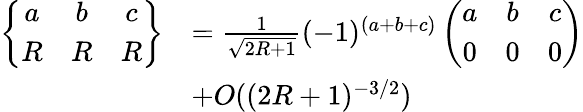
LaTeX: \begin{array}{rl}{\left\{ \begin{array}{ccc}{a}&{b}&{c}\\ {R}&{R}&{R}\end{array}\right\} }&{=\frac{1}{\sqrt{2R+1}}(-1)^{(a+b+c)}\left(\begin{array}{ccc}{a}&{b}&{c}\\ {0}&{0}&{0}\end{array}\right)}\\ &{+O((2R+1)^{-3/2})}\end{array}